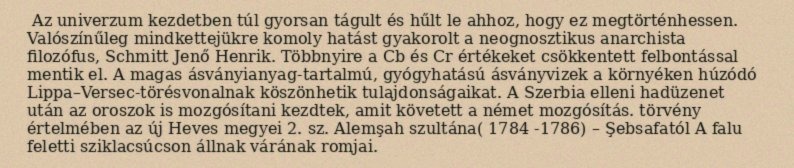
Az univerzum kezdetben túl gyorsan tágult és hűlt le ahhoz, hogy ez megtörténhessen. Valószínűleg mindkettejükre komoly hatást gyakorolt a neognosztikus anarchista filozófus, Schmitt Jenő Henrik. Többnyire a Cb és Cr értékeket csökkentett felbontással mentik el. A magas ásványianyag-tartalmú, gyógyhatású ásványvizek a környéken húzódó Lippa–Versec-törésvonalnak köszönhetik tulajdonságaikat. A Szerbia elleni hadüzenet után az oroszok is mozgósítani kezdtek, amit követett a német mozgósítás. törvény értelmében az új Heves megyei 2. sz. Alemşah szultána( 1784 -1786) – Şebsafatól A falu feletti sziklacsúcson állnak várának romjai.